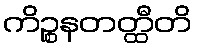
ကိဉ္စနတတ္ထီတိ